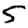
Digit: 5